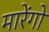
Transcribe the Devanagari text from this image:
मारेंगो